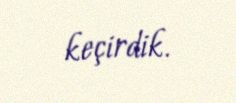
keçirdik.